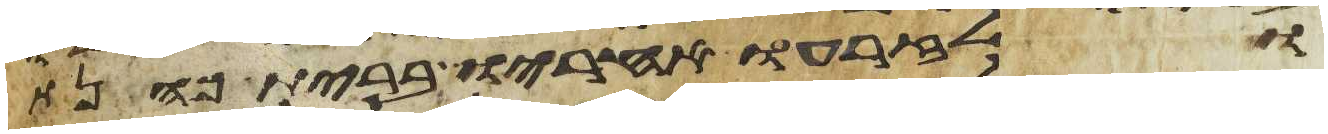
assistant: ולזרעו אחריו ברית כהנת